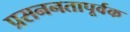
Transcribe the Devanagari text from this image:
प्रसननतापूर्वक